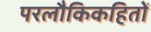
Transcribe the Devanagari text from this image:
परलौकिकहितों